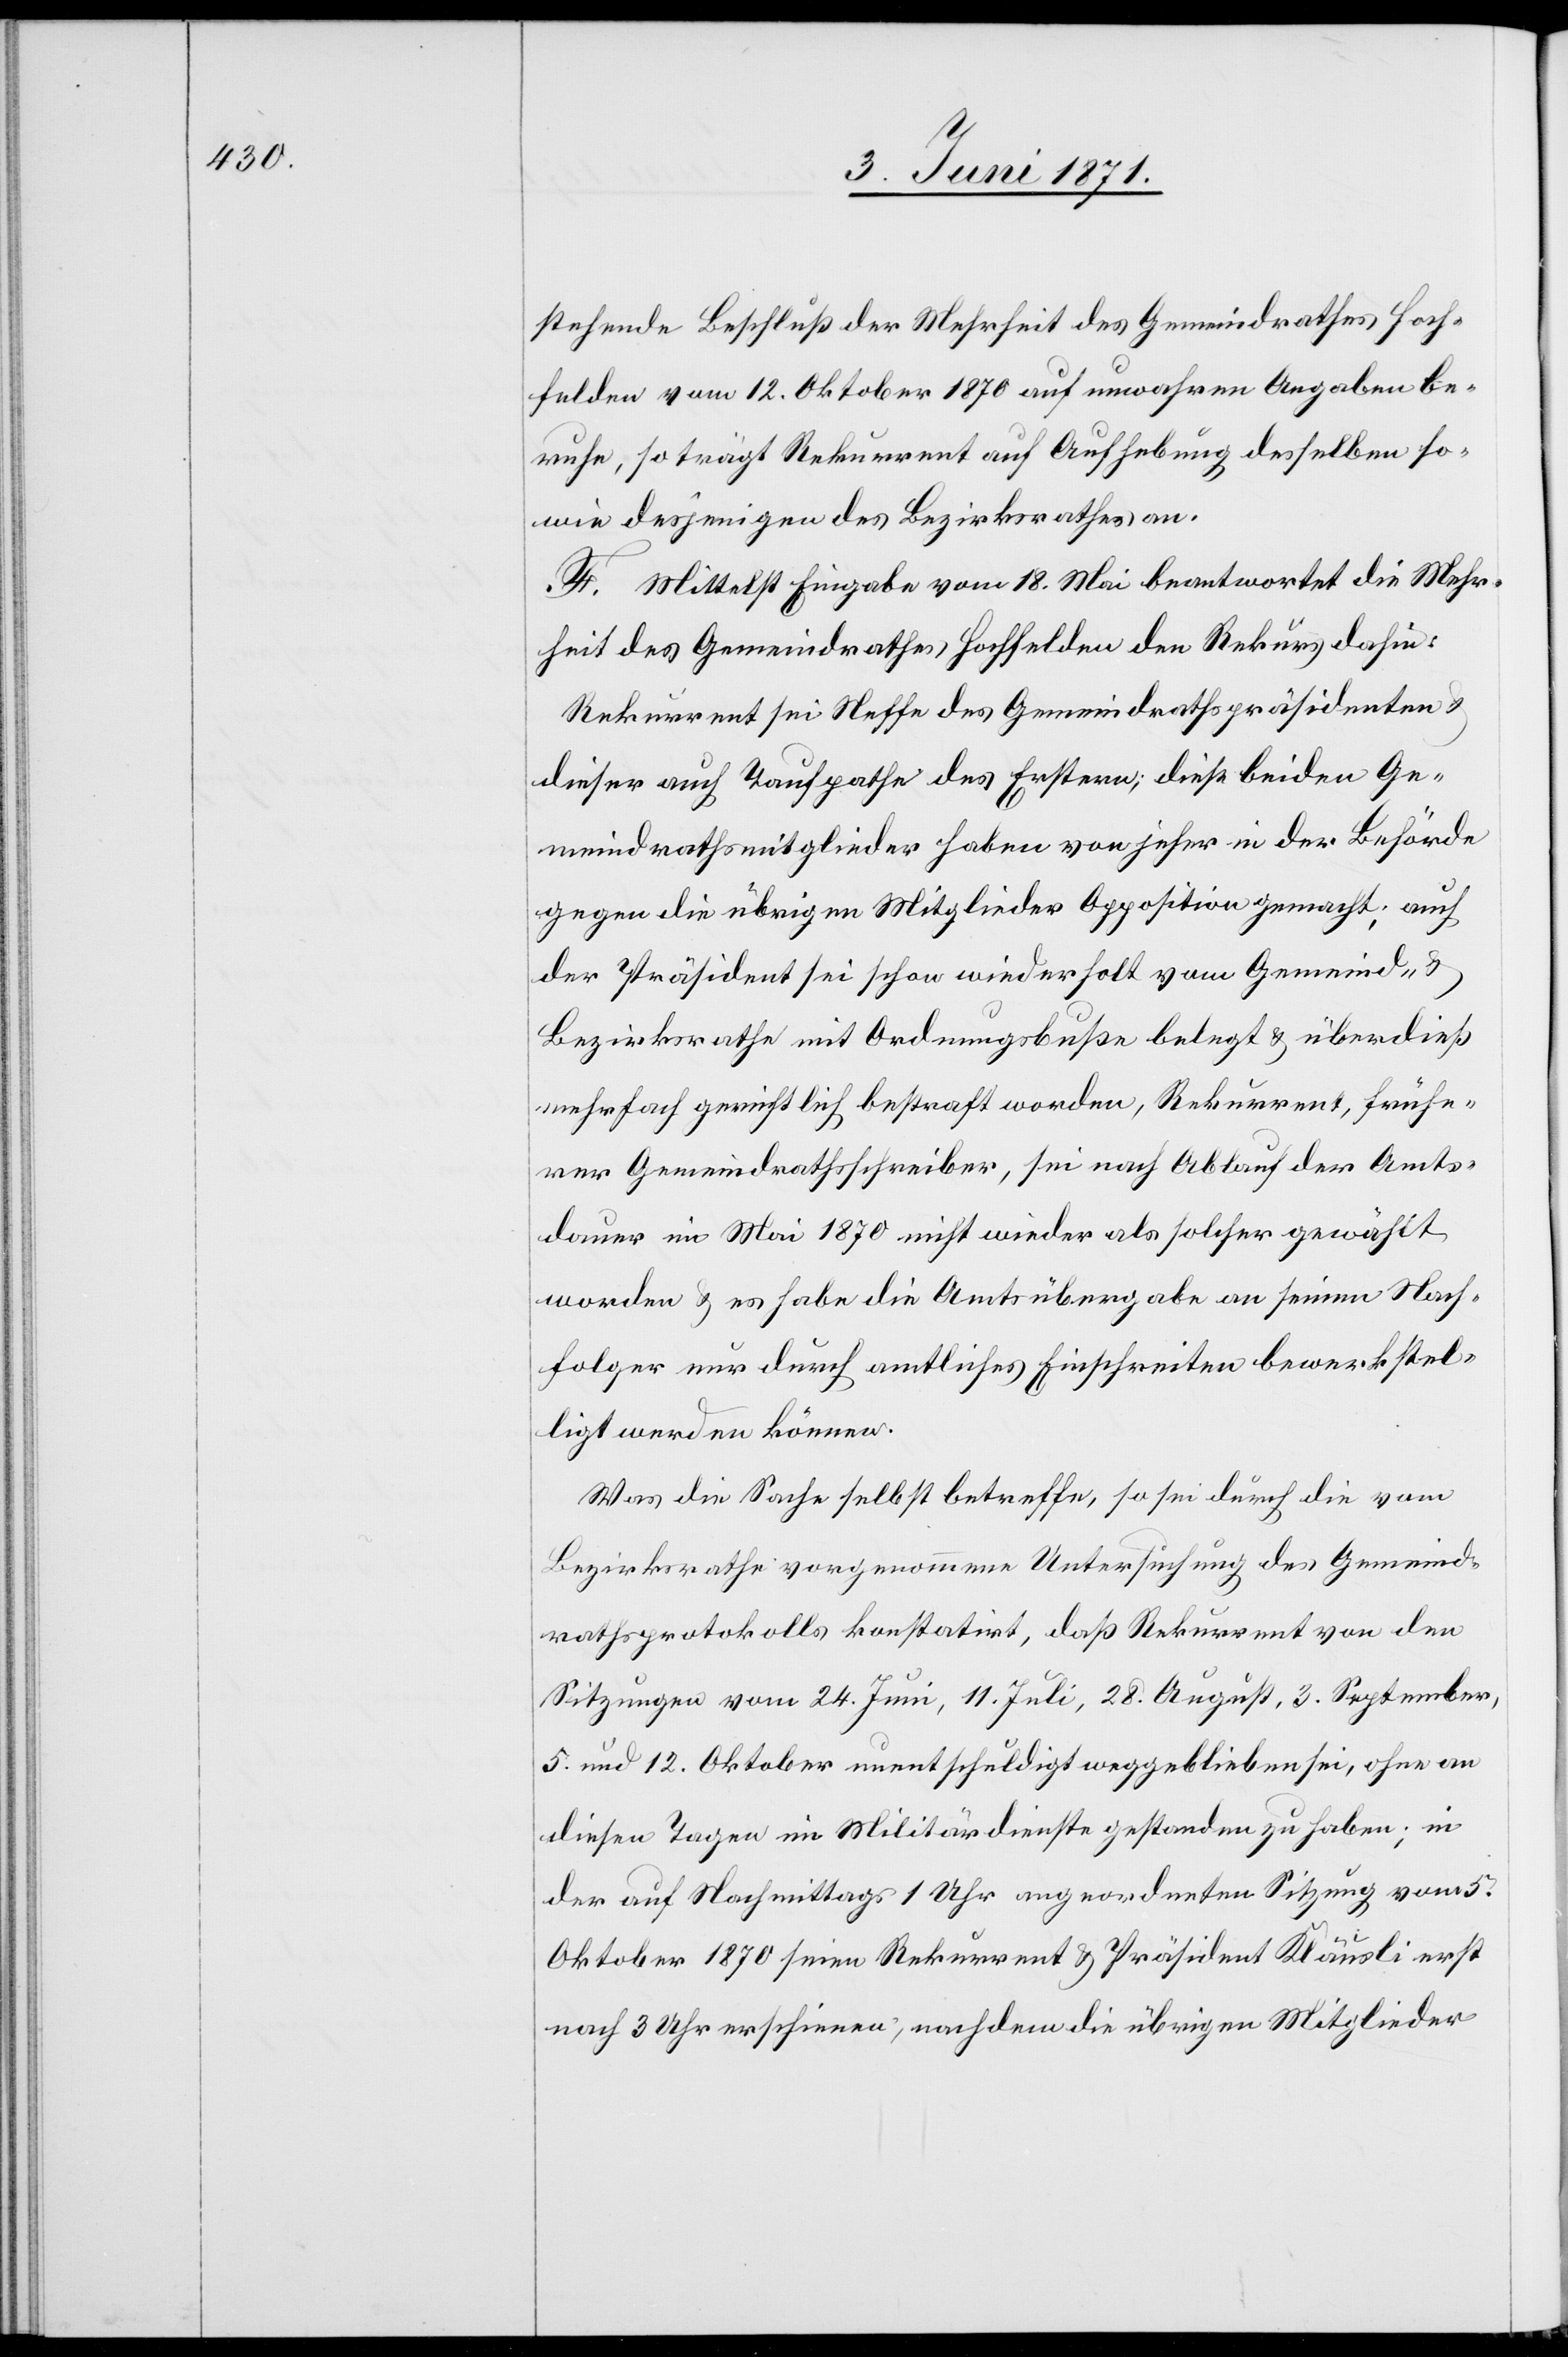
stehende Beschluß der Mehrheit des Gemeindrathes Hoch¬
felden vom 12. Oktober 1870 auf unwahren Angaben be¬
ruhe, so trägt Rekurrent auf Aufhebung desselben so¬
wie desjenigen des Bezirksrathes an.
F. Mittelst Eingabe vom 18. Mai beantwortet die Mehr¬
heit des Gemeindrathes Hochfelden den Rekurs dahin:
Rekurrent sei Neffe des Gemeindrathspräsidenten u.
dieser auch Taufpathe des Erstern; diese beiden Ge¬
meindrathsmitglieder haben von jeher in der Behörde
gegen die übrigen Mitglieder Opposition gemacht; auch
der Präsident sei schon wiederholt vom Gemeind-
Bezirksrathe mit Ordnungsbuße belegt u. überdieß
mehrfach gerichtlich bestraft worden, Rekurrent, frühe¬
rer Gemeindrathsschreiber, sei nach Ablauf der Amts¬
dauer im Mai 1870 nicht wieder als solcher gewählt
worden u. es habe die Amtsübergabe an seinen Nach¬
folger nur durch amtliches Einschreiten bewerkstel¬
ligt werden können.
Was die Sache selbst betreffe, so sei durch die vom
Bezirksrathe vorgenommene Untersuchung des Gemeind¬
rathsprotokolls konstatirt, daß Rekurrent von den
Sitzungen vom 24. Juni, 11. Juli, 28. August, 3. September,
5. und 12. Oktober unentschuldigt weggeblieben sei, ohne an
diesen Tagen im Militärdienste gestanden zu haben; in
der auf Nachmittags 1 Uhr angeordneten Sitzung vom 5.
Oktober 1870 seien Rekurrent u. Präsident Kläusli erst
nach 3 Uhr erschienen, nachdem die übrigen Mitglieder